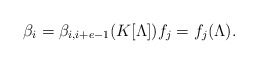
\begin{align*} \beta_i = \beta_{i, i+e-1} (K[\Lambda]) f_j = f_{j} (\Lambda). \end{align*}